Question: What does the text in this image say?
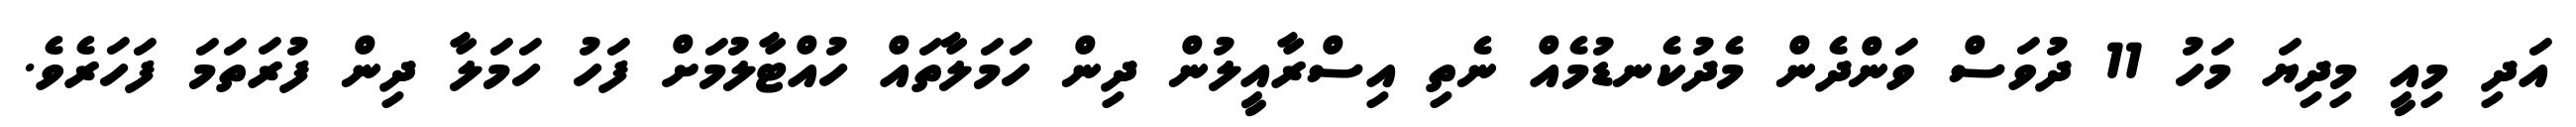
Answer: އަދި މިއީ މިދިޔަ މަހު 11 ދުވަސް ވަންދެން މެދުކެނޑުމެއް ނެތި އިސްރާއީލުން ދިން ހަމަލާތައް ހުއްޓާލުމަށް ފަހު ހަމަލާ ދިން ފުރަތަމަ ފަހަރެވެ.